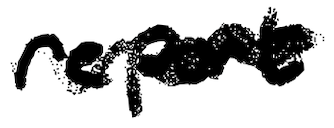
Text: report
Cross-out: wave
Writing tool: digital_black